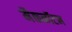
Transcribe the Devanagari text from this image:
मैकनॉटन